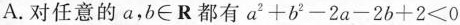
A. 对任意的a，$$b\in R$$都有$$a^{2}+b^{2}-2a-2b+2<0$$